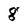
Character: g